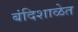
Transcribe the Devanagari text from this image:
बंदिशाळेत